King Institute of Preventive Medicine Micro-Biological Section reports 1909-11
Year: 1909
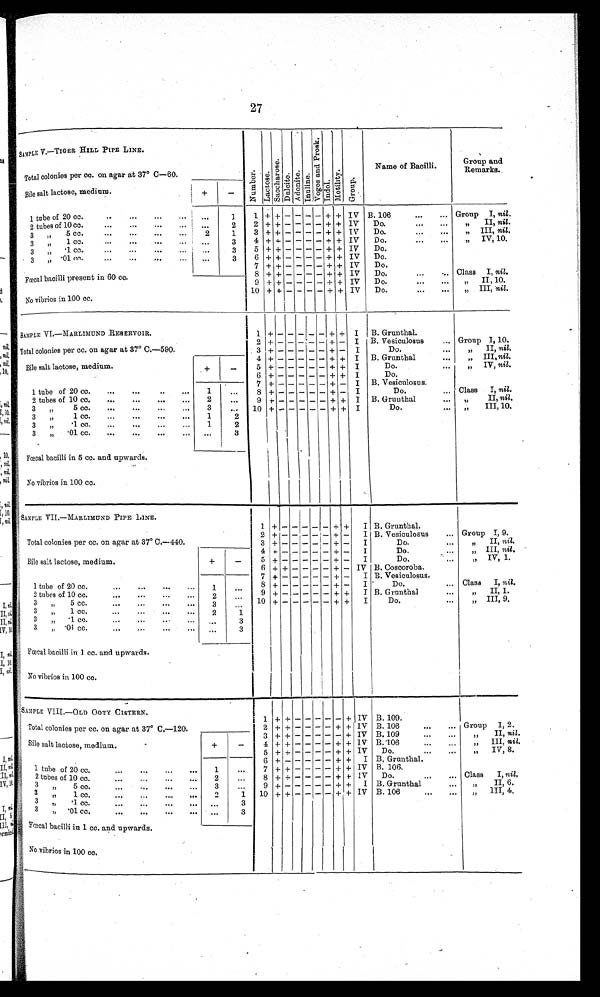
27
SAMPLE V.—TIGER HILL PIPE LINE.
Numbe r .
La c t os e .
S a c c h a r o s e . Dul ci t e. Adoni t e. Inul i ne.V o g e s a n d P r o s k . Indol . Mo t i l i t y . Group.
Name of Bacilli.
Group and
Remarks.
Total colonies per cc. on agar at 37° C–60.
Bile salt lactose, medium.
+
-
1 tube of 20 cc.
... ... ...
. . .
1
1 + +
- - - - + + IV B. 106
...
... Group I, nil.
2 tubes of 10 cc.
...
...
...
... ...
2
2 + + - - - - + + IV
Do.
. . .
...
„
II, nil.
3 „
5 cc.
...
...
2
1
3 + + - - - - + + IV
Do.
. . .
...
„ I I I ,
n i l .
3 „
1 cc.
...
. . .
. . .
3
4 + + - - - - + + IV
Do.
...
...
„ I V , 1 0 .
3 „ .1 cc.
...
. . .
. . .
3
5 + + - - - - + + IV
Do.
3 „
. 0 1 c c .
. . .
. . .
. . .
. . .
3
6 + + - - - - + + IV
Do.
7 + + - - - - +
+
IV
Do.
Fœcal bacilli present in 60 cc.
8 + + - - - - + + IV Do. ... ...
Class I, nil.
9 + + - - - - + + IV
Do.
...
...
„ I I , 1 0 .
No vibrios in 100 cc.
10 + + - - - - + + IV Do.
...
... „ III, nil.
SAMPLE VI.—MARLIMUND RESERVOIR.
1
+ -
- - - - + + I B. Grunthal.
Total colonies per cc. on agar at 37° C.–590.
2 + - - - - - + - I B. Vesiculosus
... Group I, 10.
3 + -
- - - - + - I
Do.
„ I I ,
n i l .
Bile salt lactose, medium.
+ -
4 + -
- - - - + + I B. Grunthal
„ I I I ,
n i l .
5 + -
- - - - + + I
Do.
„ I V ,
n i l .
6+ -
- - - - + + I
Do.
1 tube of 20 cc.
...
.... ...
1
...
7 + -
- - - - + - I B. Vesiculosus.
8 + -
- - - - + - I
Do.
... Class I, nil.
2 tubes of 10 cc.
...
...
...
2
. . .
9 + -
- - - - + + I B. Gruuthal
„ I I ,
n i l .
3 „ 5 c c . . . . . . . . .
3
. . .
10 + -
- - - - + + I
Do.
. . .
„ I I I , 1 0 .
3 „ 1 cc. ... ... ... ...
1
2
3 „
.1 cc. ... ... ... ...
1
2
3 „ .01 cc. ... ... ...
3
Fœcal bacilli in 5 cc. and upwards.
No vibrios in 100 cc.
SAMPLE VII.—MARLIMUND PIPE LINE.
1
+
-
- - - -
+ + I B. Grunthal.
Total colonies per cc. on agar at 37° C.–440.
2 + -
- - - - + - I B. Vesiculosus
... Group I, 9.
3 + -
- - - - + - I
Do.
„ I I ,
n i l .
Bile salt lactose, medium.
+
-
4 + -
- - - - + - I
Do.
...
„ III, nil.
5 + -
- - - - + - I
Do. ...
„ I V , 1 .
6 + + - - - - + - IV B. Coscoroba.
1 tube of 20 cc.
...
...
. . .
...
1
. . . 7 + -
- - - - + - I B. Vesiculosus.
8 + -
- - - - + - I
Do.
.... Class I, n i l .
2 tubes of 10 cc.
...
...
. . .
...
2
. . . 9 + -
- - - - + + I B. Grunthal
„ I I , 1 .
3 „
5 cc.
...
...
. . .
...
3
. . . 10 + -
- - - - + + I
D o .
„ I I I , 9 .
3 „
1 cc.
...
...
. . .
...
2
1
3 „ .1 cc.
...
...
. . .
...
..
3
3 „ .01 cc. ... ... ... ...
...
3
Fœcal bacilli in 1 cc. and upwards.
No vibrios in 100 cc.
SAMPLE VIII.—OLD OOTY CISTERN,
1 +
+ -
- - - -
+ IV B. 109.
Total colonies per cc. on agar at 37° C.–120.
2 + + -
- - - + + IV B. 106
...
... Group I, 2.
3 + -
- - - - + IV B. 109
„ I I ,
n i l .
Bile salt lactose, medium.
+
-
4 + + -
- - - + + IV B. 106
„ I I I ,
n i l .
5
+ + - - - - + + IV Do.
...
...
„ IV, 8.
1 tube of 20 cc.
...
...
...
...
1
...
6
+ - -
- - - + + I B. Grunthal.
7 + + - - - - + + IV B. 106.
2 tubes of 10 cc.
2
. . .
8 + + -
- - - + + IV Do.
...
... Class I, nil.
3 „ 5 cc.
3
...
9
+ - -
- - - + + I B. Grunthal
...
„
II, 6.
3
„
1 cc,
...
...
...
...
2
1 10 + + -
- - - + + IV B. 106
„ III, 4.
3 „ .1 cc. ... ... ... ...
...
3
3
„ .01 cc. ... ... ... ...
. . . 3
Fœcal bacilli in 1 cc. and upwards.
No vibrios in 100 cc.